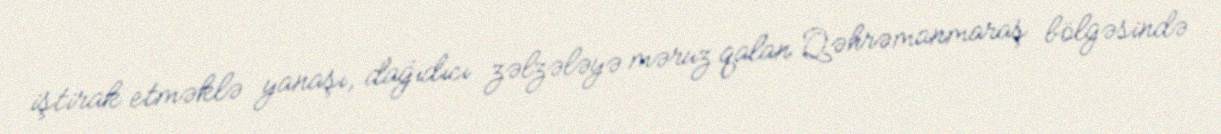
iştirak etməklə yanaşı, dağıdıcı zəlzələyə məruz qalan Qəhrəmanmaraş bölgəsində